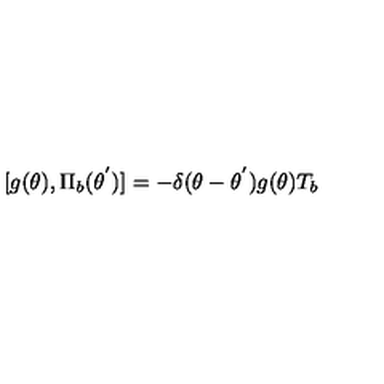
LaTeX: [ g ( \theta ) , { \Pi } _ { b } ( { \theta } ^ { ' } ) ] = - { \delta } ( { \theta } - { \theta } ^ { ' } ) g ( \theta ) T _ { b }